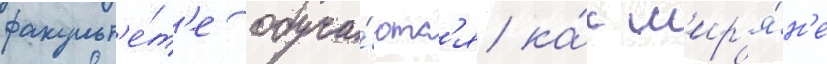
факульт'е́т'е обуча́ютс'я ка́к м'ир'я́н'е